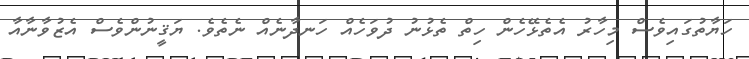
ހަޔާތުގައިވެސް މިހާރު އެތެޅޭހެން ހިތް ތެޅުނު ދުވަހެއް ހަނދާނެއް ނެތެވެ. ޔަޤީނުންވެސް އެޒުވާނާއާ